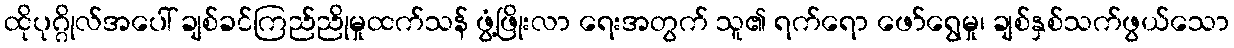
ထိုပုဂ္ဂိုလ်အပေါ် ချစ်ခင်ကြည်ညိုမှုထက်သန် ဖွံ့ဖြိုးလာ ရေးအတွက် သူ၏ ရက်ရော ဖော်ရွေမှု၊ ချစ်နှစ်သက်ဖွယ်သော